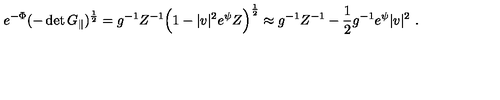
e ^ { - \Phi } ( - \det G _ { \| } ) ^ { \frac { 1 } { 2 } } = g ^ { - 1 } Z ^ { - 1 } \Bigl ( 1 - | v | ^ { 2 } e ^ { \psi } Z \Bigr ) ^ { \frac { 1 } { 2 } } \approx g ^ { - 1 } Z ^ { - 1 } - \frac { 1 } { 2 } g ^ { - 1 } e ^ { \psi } | v | ^ { 2 } \ .